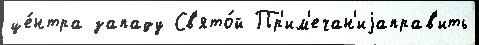
це́нтра западу Св'ято́й Пр'им'ечан'иjаправ'ить